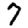
Digit: 7